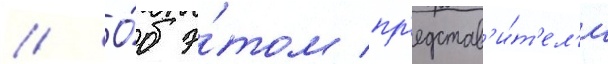
// О́б э́том пр'едстав'и́т'ел'и